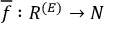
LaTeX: { \overline { { f } } } : R ^ { ( E ) } \to N